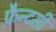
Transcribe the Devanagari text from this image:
फ़ैन्टसी